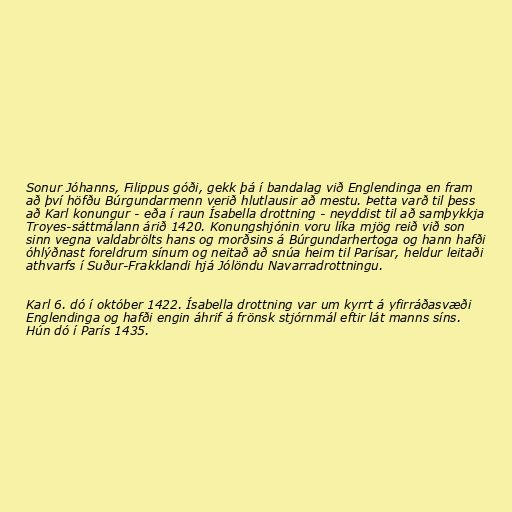
Sonur Jóhanns, Filippus góði, gekk þá í bandalag við Englendinga en fram
að því höfðu Búrgundarmenn verið hlutlausir að mestu. Þetta varð til þess
að Karl konungur - eða í raun Ísabella drottning - neyddist til að samþykkja
Troyes-sáttmálann árið 1420. Konungshjónin voru líka mjög reið við son
sinn vegna valdabrölts hans og morðsins á Búrgundarhertoga og hann hafði
óhlýðnast foreldrum sínum og neitað að snúa heim til Parísar, heldur leitaði
athvarfs í Suður-Frakklandi hjá Jólöndu Navarradrottningu.

Karl 6. dó í október 1422. Ísabella drottning var um kyrrt á yfirráðasvæði
Englendinga og hafði engin áhrif á frönsk stjórnmál eftir lát manns síns.
Hún dó í París 1435.